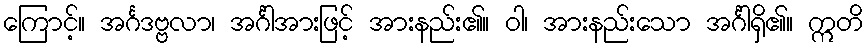
ကြောင့်။ အင်္ဂဒဗ္ဗလာ၊ အင်္ဂါအားဖြင့် အားနည်း၏။ ဝါ၊ အားနည်းသော အင်္ဂါရှိ၏။ ဣတိ